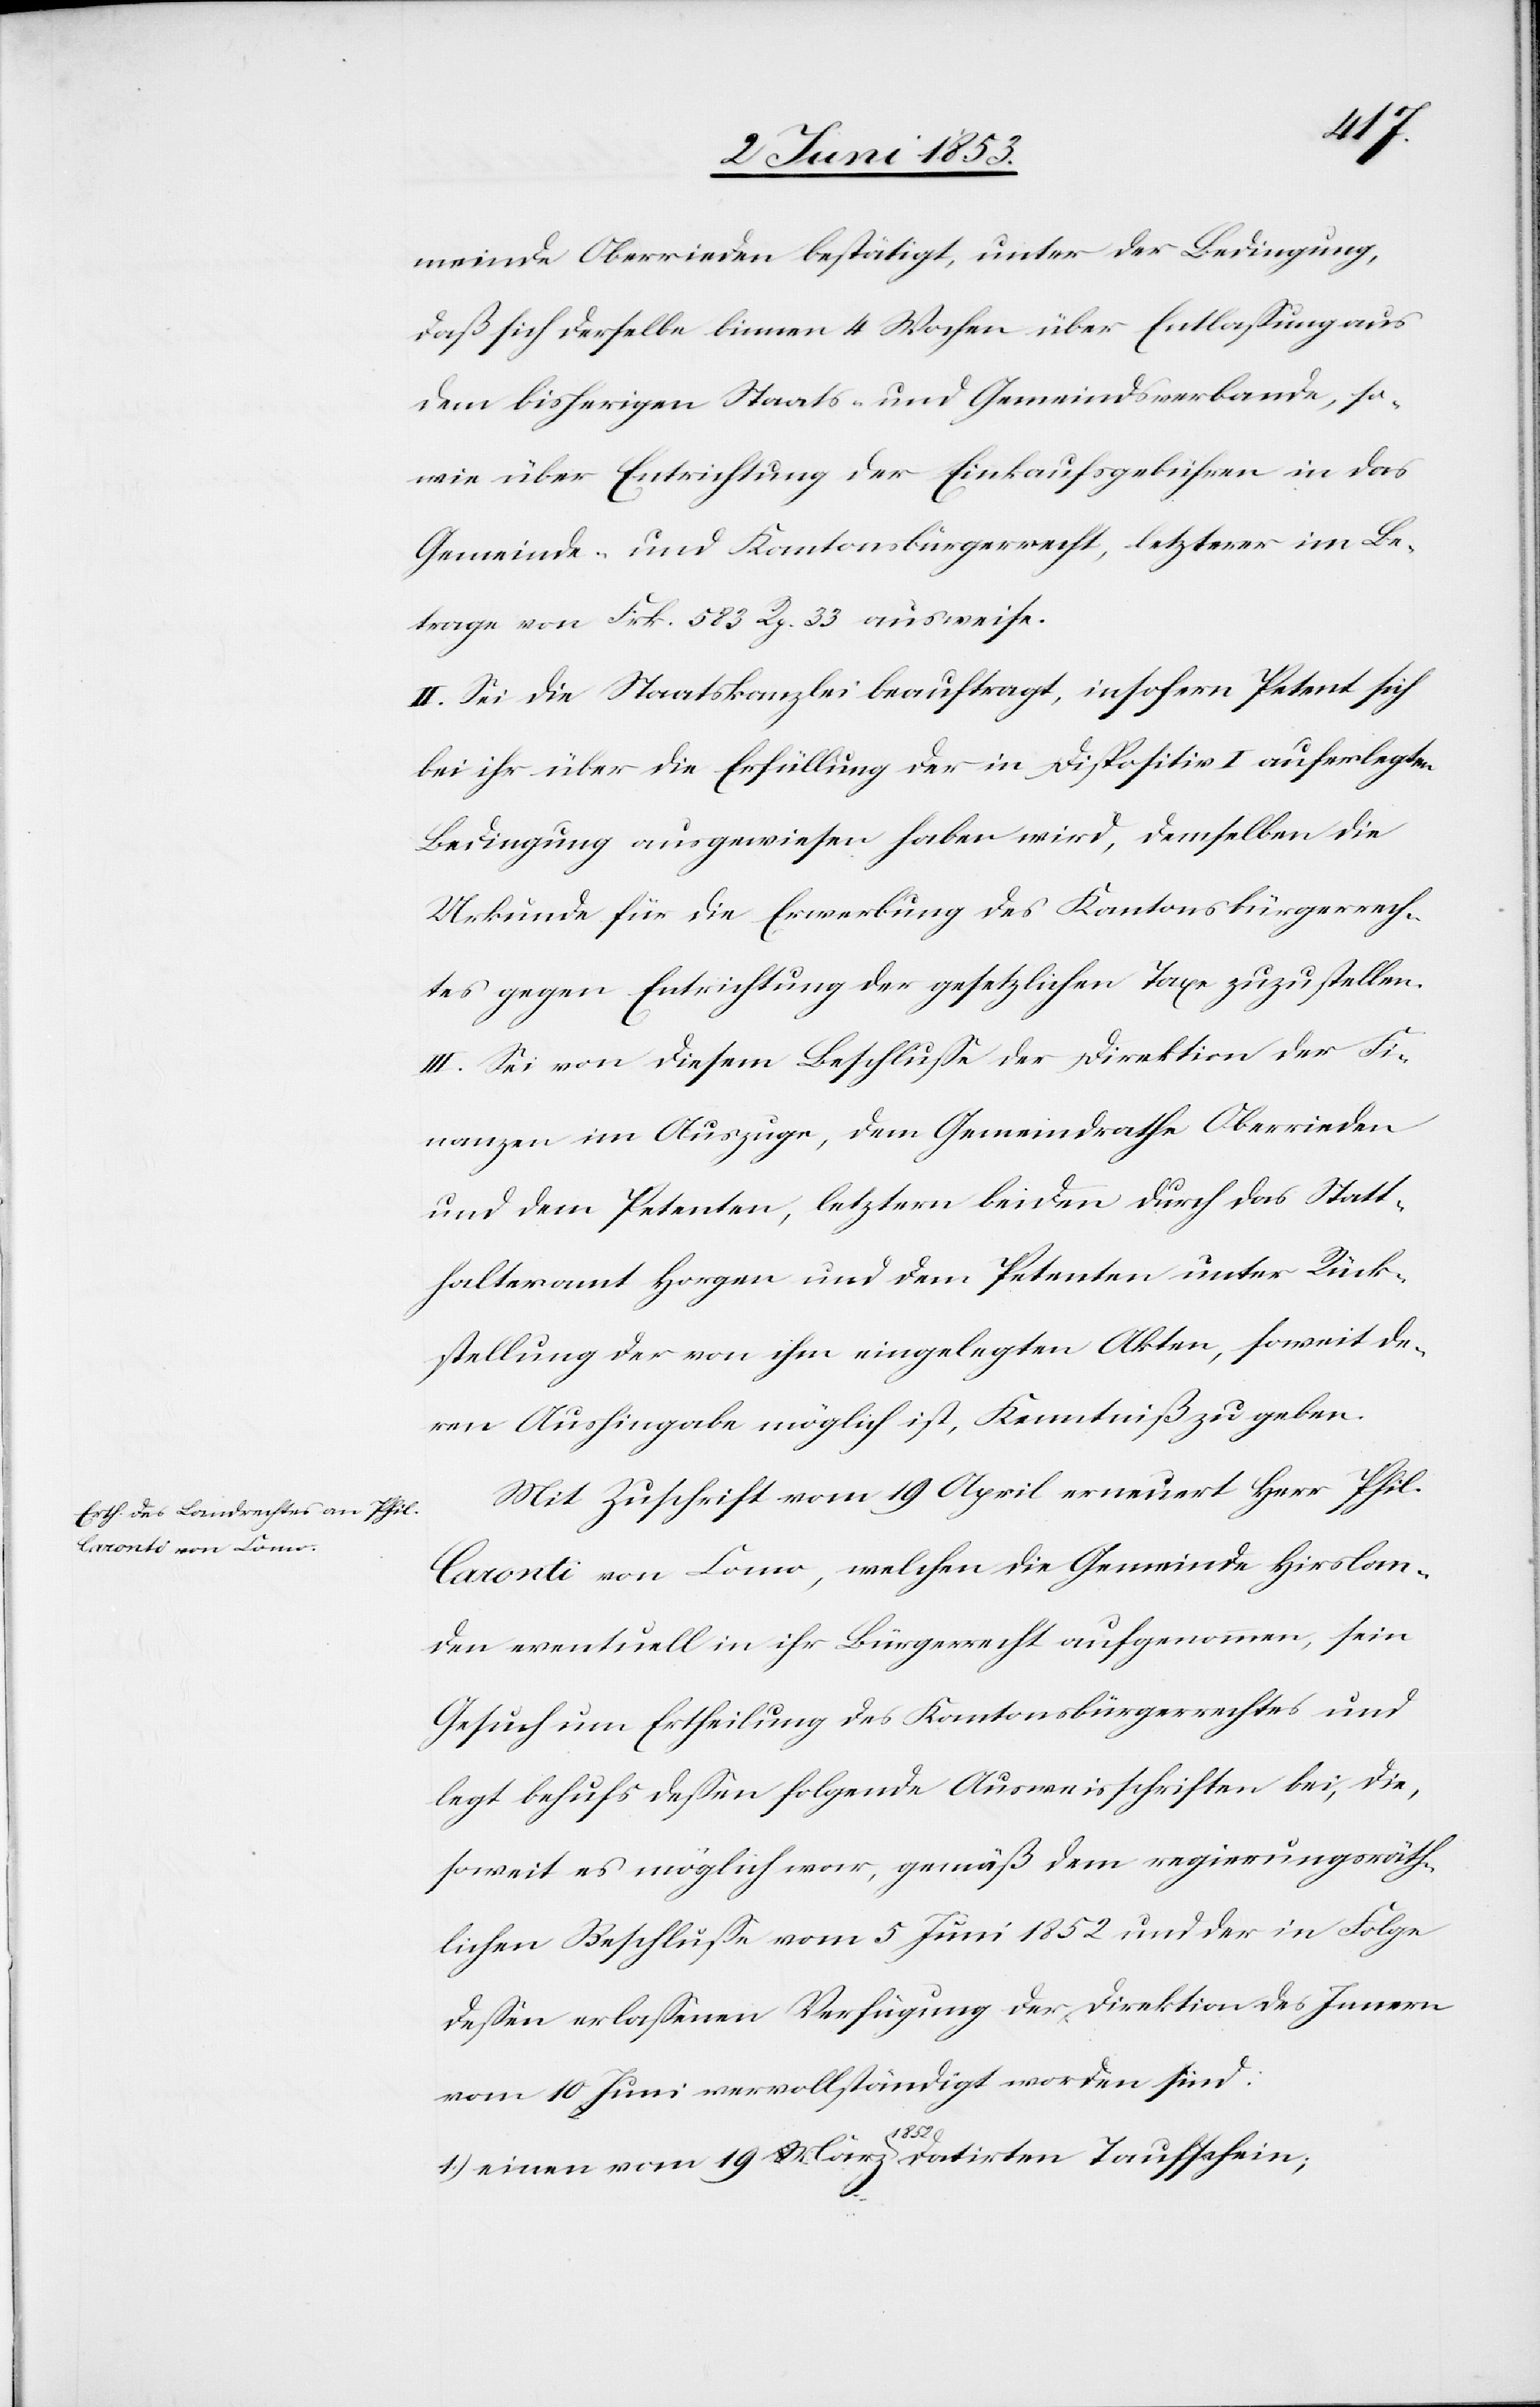
daß sich derselbe binnen 4 Wochen über Entlaßung aus
dem bisherigen Staats- und Gemeindsverbande, so¬
wie über Entrichtung der Einkaufsgebühren in das
Gemeinde- und Kantonsbürgerrecht, letzterer im Be¬
trage von Frk. 583 Rp. 83 ausweise.
II. Sei die Staatskanzlei beauftragt, insofern Petent sich
bei ihr über die Erfüllung der in Dispositiv I auferlegten
Bedingung ausgewiesen haben wird, demselben die
Urkunde für die Erwerbung des Kantonsbürgerrech¬
tes gegen Entrichtung der gesetzlichen Taxe zuzustellen.
III. Sei von diesem Beschluße der Direktion der Fi¬
nanzen im Auszuge, dem Gemeindrathe Oberrieden
und dem Petenten, letztern beiden durch das Statt¬
halteramt Horgen und dem Petenten unter Rück¬
stellung der von ihm eingelegten Akten, soweit de¬
ren Aushingabe möglich ist, Kenntniß zu geben.
Mit Zuschrift vom 19 April erneuert Herr Phil.
Caronti von Como, welchen die Gemeinde Hirslan¬
den eventuell in ihr Bürgerrecht aufgenommen, sein
Gesuch um Ertheilung des Kantonsbürgerrechtes und
legt behufs deßen folgende Ausweisschriften bei, die,
soweit es möglich war, gemäß dem regierungsräth¬
lichen Beschluße vom 5 Juni 1852 und der in Folge
deßen erlaßenen Verfügung der Direktion des Innern
vom 10 Juni vervollständigt worden sind.
1.) einen vom 19 März 1852 datirten Taufschein;